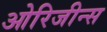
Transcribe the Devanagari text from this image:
ओरिजीन्स